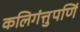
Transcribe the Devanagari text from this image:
कलिगंत्तुपर्णि